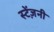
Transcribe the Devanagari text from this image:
स्टेंज़नी